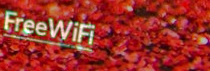
FreeWiFi